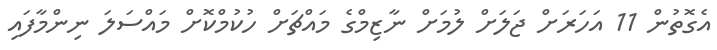
އެގޮތުން 11 އަހަރަށް ޖަލަށް ލުމަށް ނާޒިމްގެ މައްޗަށް ހުކުމްކޮށް މައްސަލަ ނިންމާފައި